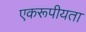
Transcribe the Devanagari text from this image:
एकरूपीयता